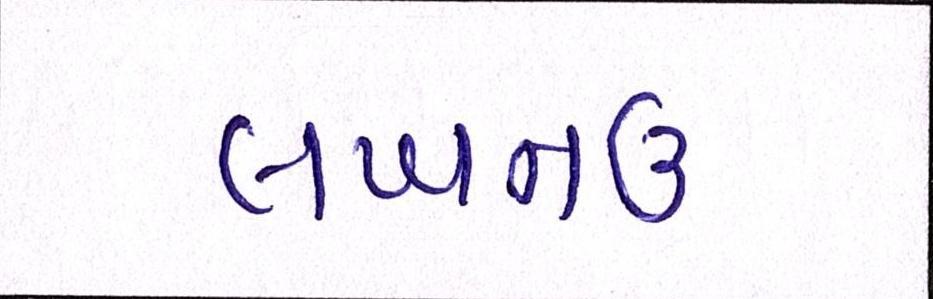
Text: લખનઉ